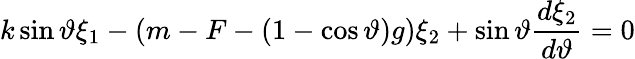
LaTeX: k\sin\vartheta\xi_{1}-(m-F-(1-\cos\vartheta)g)\xi_{2}+\sin\vartheta\frac{d\xi_{2}}{d\vartheta}=0